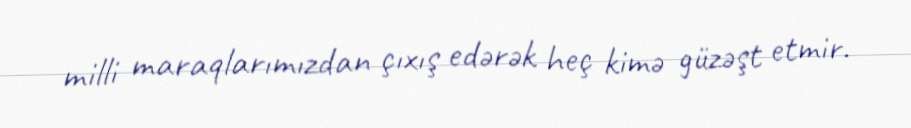
milli maraqlarımızdan çıxış edərək heç kimə güzəşt etmir.